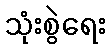
သုံးစွဲရေး